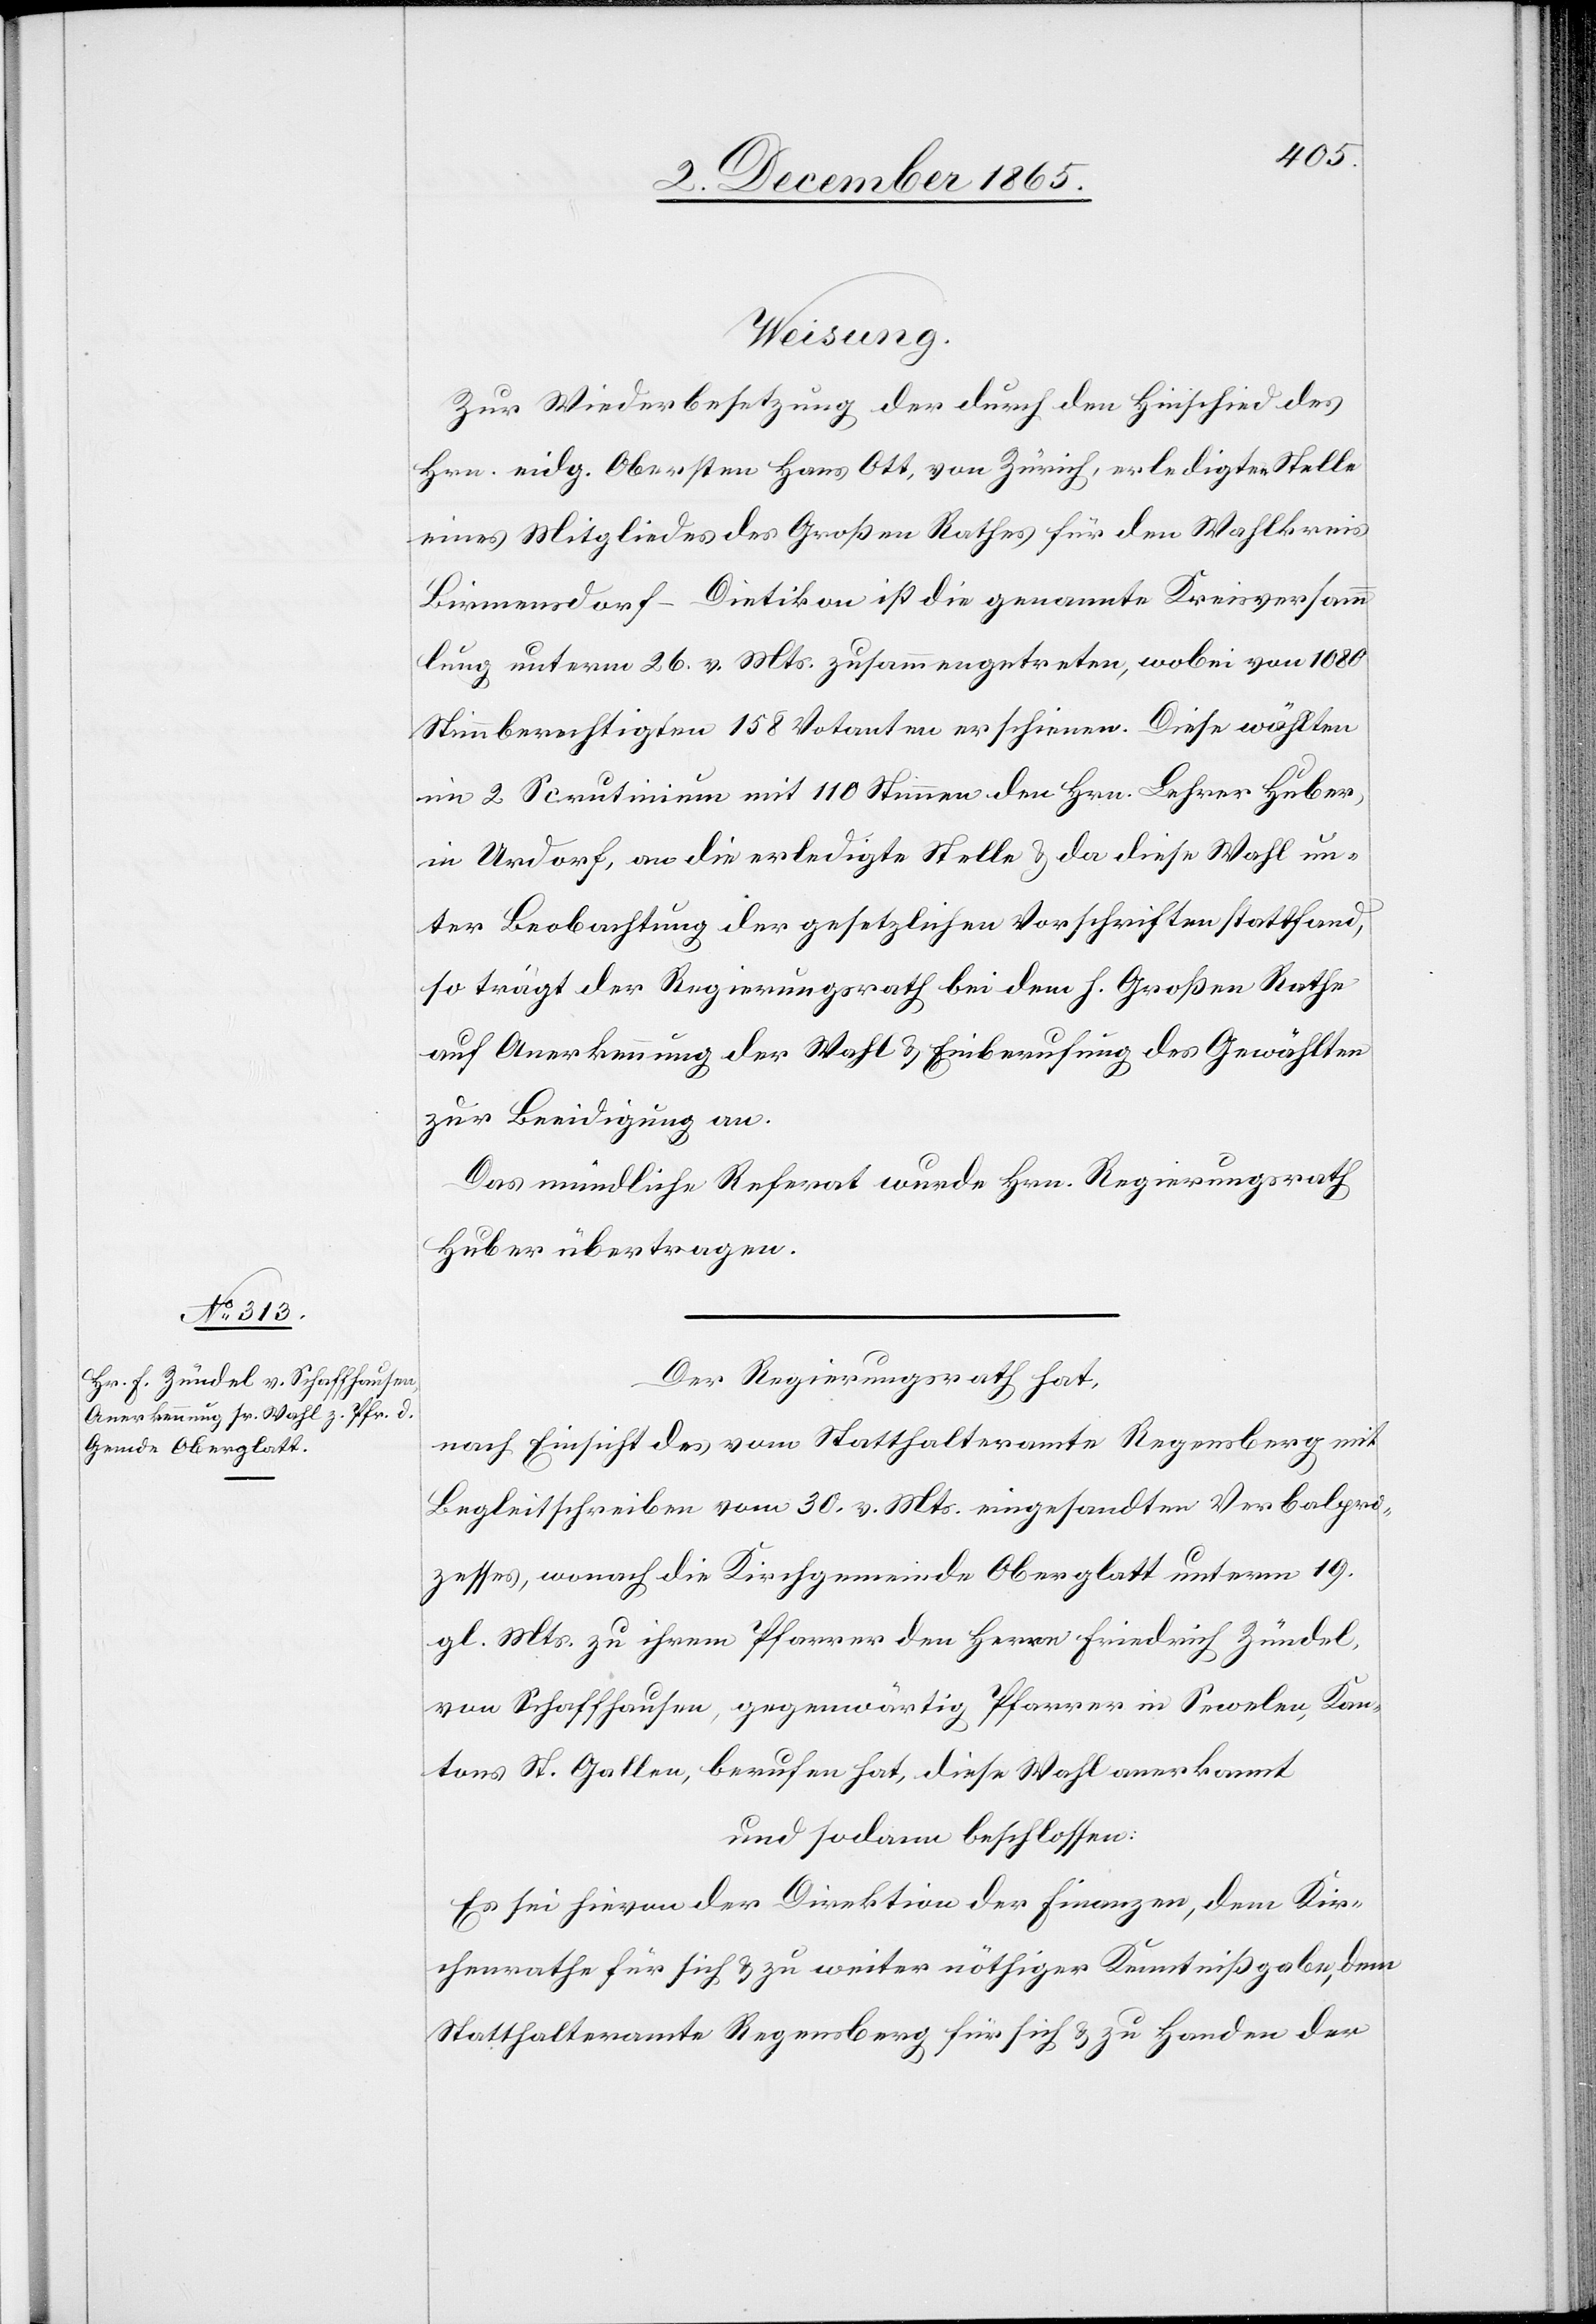
Weisung.
Zur Wiederbesetzung der durch den Hinschied des
Hrn. eidg, Obersten Hand Ott, von Zürich, erledigten Stelle
eines Mitgliedes des Großen Rathes für den Wahlkreis
Birmensdorf-Dietikon ist die genannte Kreisversamm¬
lung unterm 26. v. Mts. zusammengetreten, wobei von 1080
Stimmberechtigten 158 Votanten erschienen. Diese wählten
im 2 Scrutinium mit 110 Stimmen den Hrn. Lehrer Huber,
in Urdorf, an die erledigte Stelle & da diese Wahl un¬
ter Beobachtung der gesetzlichen Vorschriften stattfand,
so trägt der Regierungsrath bei dem h. Großen Rathe
auf Anerkennung der Wahl & Einberufung des Gewählten
zur Beeidigung an.
Das mündliche Referat wurde Hr. Regierungsrath
Huber übertragen.
Der Regierungsrath hat,
nach Einsicht des vom Statthalteramte Regensberg mit
Begleitschreiben vom 30. v. Mts. eingesandten Verbalpro¬
zesses, wonach die Kirchgemeinde Oberglatt unterm 19.
gl. Mts. zu ihrem Pfarrer den Herrn Friedrich Zündel,
von Schaffhausen, gegenwärtig Pfarrer in Sewelen, Kan¬
tons St. Gallen, berufen hat, diese Wahl anerkannt
und sodann beschlossen:
Es sei hievon der Direktion der Finanzen, dem Kir¬
chenrathe für sich & zu weiter nöthiger Kenntnißgabe, dem
Statthalteramte Regensberg für sich & zu Handen der